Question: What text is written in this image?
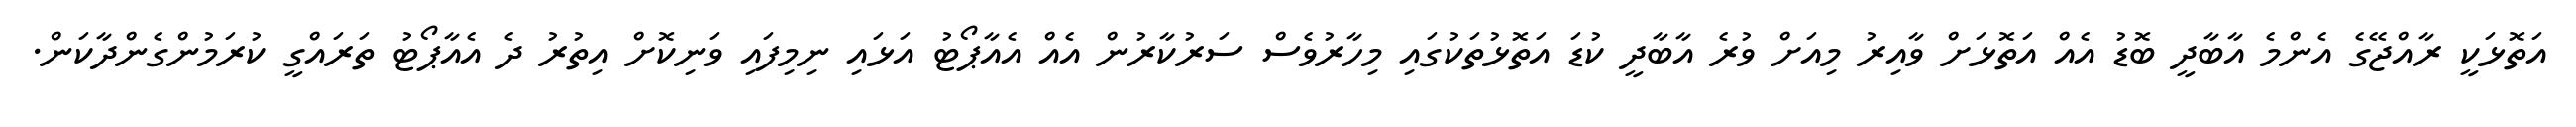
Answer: އަތޮޅަކީ ރާއްޖޭގެ އެންމެ އާބާދީ ބޮޑު އެއް އަތޮޅަށް ވާއިރު މިއަށް ވުރެ އާބާދީ ކުޑަ އަތޮޅުތަކުގައި މިހާރުވެސް ސަރުކާރުން އެއް އެއާޕޯޓު އަޅައި ނިމިފައި ވަނިކޮށް އިތުރު ދެ އެއާޕޯޓު ތަރައްގީ ކުރަމުންގެންދާކަން.